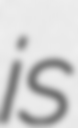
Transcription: is